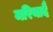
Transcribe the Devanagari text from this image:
मरियादै